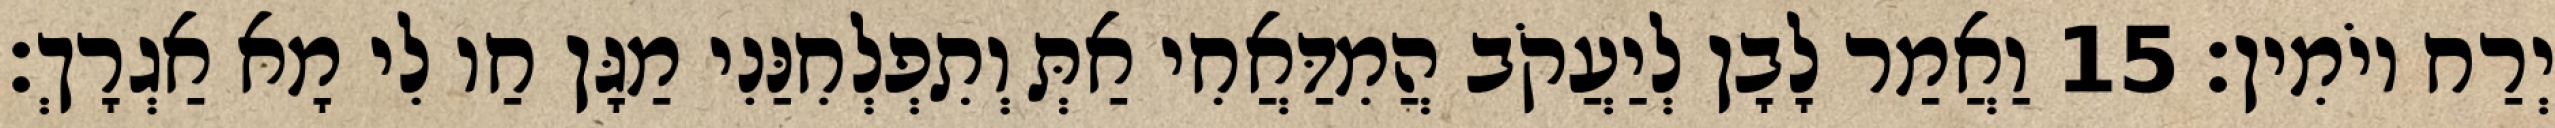
יְרַח יוֹמִין׃ 15 וַאֲמַר לָבָן לְיַעֲקֹב הֲמִדַּאֲחִי אַתְּ וְתִפְלְחִנַּנִי מַגָּן חַו לִי מָא אַגְרָךְ׃